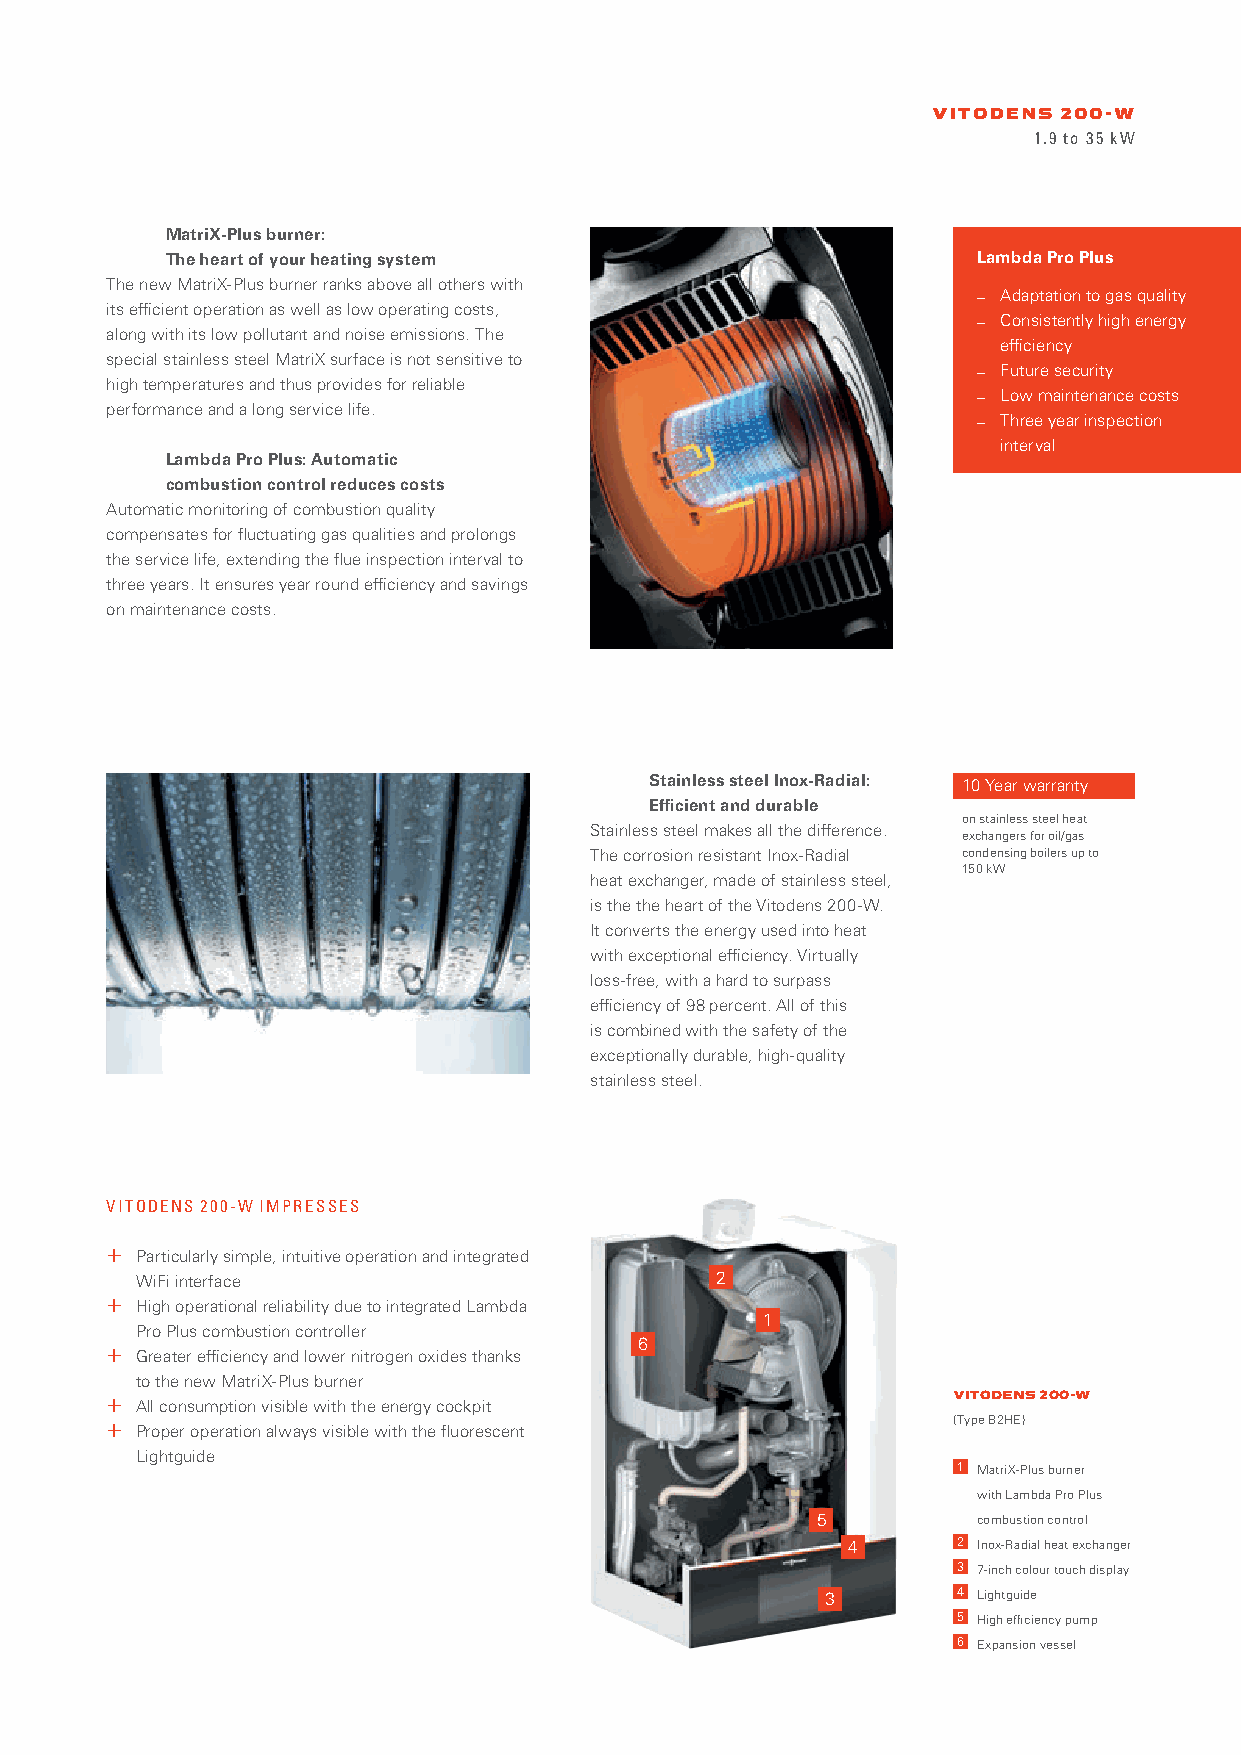
VITODENS 200-W
 1.9 to 35 kW
 MatriX-Plus burner:
 The heart of your heating system                      Lambda Pro Plus
 The new MatriX-Plus burner ranks above all others with
 _ Adaptation to gas quality
 its efficient operation as well as low operating costs,
 _ Consistently high energy
 along with its low pollutant and noise emissions. The
 efficiency
 special stainless steel MatriX surface is not sensitive to
 _ Future security
 high temperatures and thus provides for reliable
 _ Low maintenance costs
 performance and a long service life.
 _ Three year inspection
 interval
 Lambda Pro Plus: Automatic
 _
 combustion control reduces costs
 _
 Automatic monitoring of combustion quality
 compensates for fluctuating gas qualities and prolongs
 the service life, extending the flue inspection interval to
 three years. It ensures year round efficiency and savings
 on maintenance costs.
 Stainless steel Inox-Radial: 10 Year warranty
 Efficient and durable
 on stainless steel heat
 Stainless steel makes all the difference.
 exchangers for oil/gas
 The corrosion resistant Inox-Radial condensing boilers up to
 150 kW
 heat exchanger, made of stainless steel,
 is the the heart of the Vitodens 200-W.
 It converts the energy used into heat
 with exceptional efficiency. Virtually
 loss-free, with a hard to surpass
 efficiency of 98 percent. All of this
 is combined with the safety of the
 exceptionally durable, high-quality
 stainless steel.
 VITODENS 200-W IMPRESSES
 + Particularly simple, intuitive operation and integrated
 WiFi interface                        2
 + High operational reliability due to integrated Lambda
 1
 Pro Plus combustion controller
 6
 + Greater efficiency and lower nitrogen oxides thanks
 to the new MatriX-Plus burner
 + All consumption visible with the energy cockpit       VITODENS 200-W
 + Proper operation always visible with the fluorescent  (Type B2HE)
 Lightguide
 1 MatriX-Plus burner
 with Lambda Pro Plus
 5          combustion control
 4      2 Inox-Radial heat exchanger
 3 7-inch colour touch display
 3        4 Lightguide
 5 High efficiency pump
 6 Expansion vessel